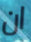
ان